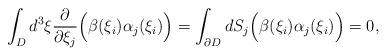
LaTeX: \begin{align*}\displaystyle\int_{D}d^3 \xi \frac{\partial}{\partial\xi_j} \Bigl(\beta(\xi_i)\alpha_j(\xi_i)\Bigr)=\int_{\partial D}dS_j\Bigl(\beta(\xi_i)\alpha_j(\xi_i)\Bigr)=0,\end{align*}